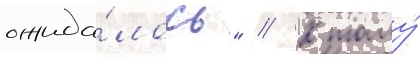
ожида́лось" // К тому́